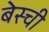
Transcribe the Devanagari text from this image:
बेस्ची